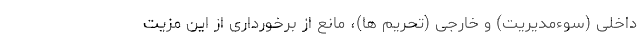
داخلی (سوءمدیریت) و خارجی (تحریم ها)، مانع از برخورداری از این مزیت